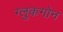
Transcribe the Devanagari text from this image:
ग्लुकगोन